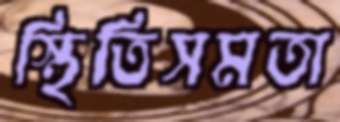
স্থিতিসমতা